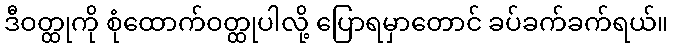
ဒီဝတ္ထုကို စုံထောက်ဝတ္ထုပါလို့ ပြောရမှာတောင် ခပ်ခက်ခက်ရယ်။